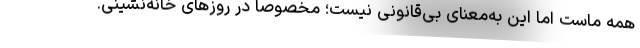
همه ماست اما این به‌معنای بی‌قانونی نیست؛ مخصوصا در روزهای خانه‌نشینی.